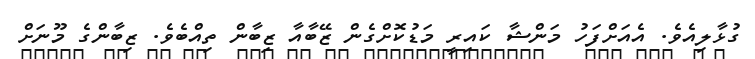
ގުޅާލިއެވެ. އެއަށްފަހު މަންޝާ ކައިރީ މަޑުކޮށްގެން ޒޭބާއާ ޒިބާން ތިއްބެވެ. ޒިބާންގެ މޫނަށް